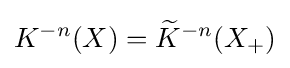
K^{-n}(X)={\widetilde {K}}^{-n}(X_{+})